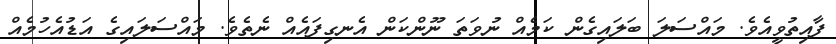
ފާއިތުވީއެވެ. މައްސަލަ ބަލައިގެން ކަމެއް ނުވަތަ ނޫންކަން އެނގިފައެއް ނެތެވެ. މައްސަލައިގެ އަޑުއެހުމެއް